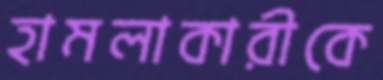
হামলাকারীকে